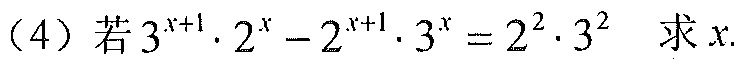
（4）若\(3^{x + 1}\cdot2^{x}-2^{x + 1}\cdot3^{x}=2^{2}\cdot3^{2}\) 求 \(x\).